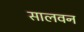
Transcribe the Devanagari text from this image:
सालवन